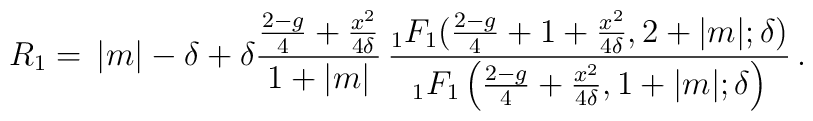
R_1=\,|m|-\delta+\delta {{2-g\over 4}+{x^2\over 4\delta}\over 1+|m|}\,{_1F_1({2-g\over 4}+1+{x^2 \over 4\delta},2+|m|;\delta)\over_1F_1\left({2-g\over 4}+{x^2\over 4\delta},1+|m|;\delta\right)}\,.